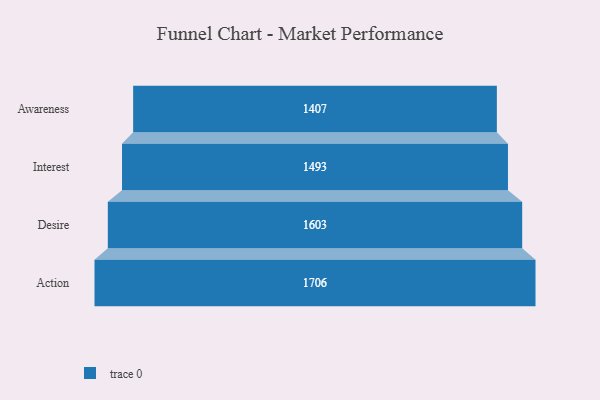
{"axis": {"x": "Stage", "y": "Value"}, "legend": [""], "data": [{"x": "Awareness", "y": 1407.0, "type": ""}, {"x": "Interest", "y": 1493.0, "type": ""}, {"x": "Desire", "y": 1603.0, "type": ""}, {"x": "Action", "y": 1706.0, "type": ""}]}